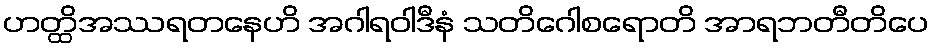
ဟတ္ထိအဿရတနေဟိ အဂါရဝါဒီနံ သတိဂေါစရောတိ အာရဘတီတိပေ